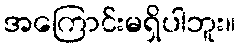
အကြောင်းမရှိပါဘူး။